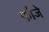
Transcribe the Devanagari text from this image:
फ़ौजे